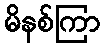
မိနစ်ကြာ